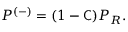
P ^ { ( - ) } = ( 1 - { \mathsf { C } } ) P _ { R } .